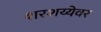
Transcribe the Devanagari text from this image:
शरशय्येवर